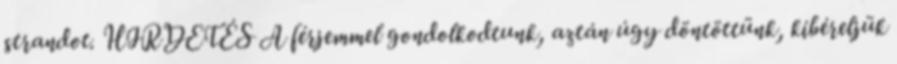
strandot. HIRDETÉS A férjemmel gondolkodtunk, aztán úgy döntöttünk, kibéreljük